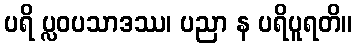
ပရိ ပ္လဝပသာဒဿ၊ ပညာ န ပရိပူရတိ။